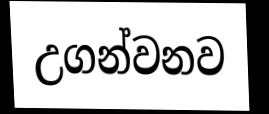
උගන්වනව